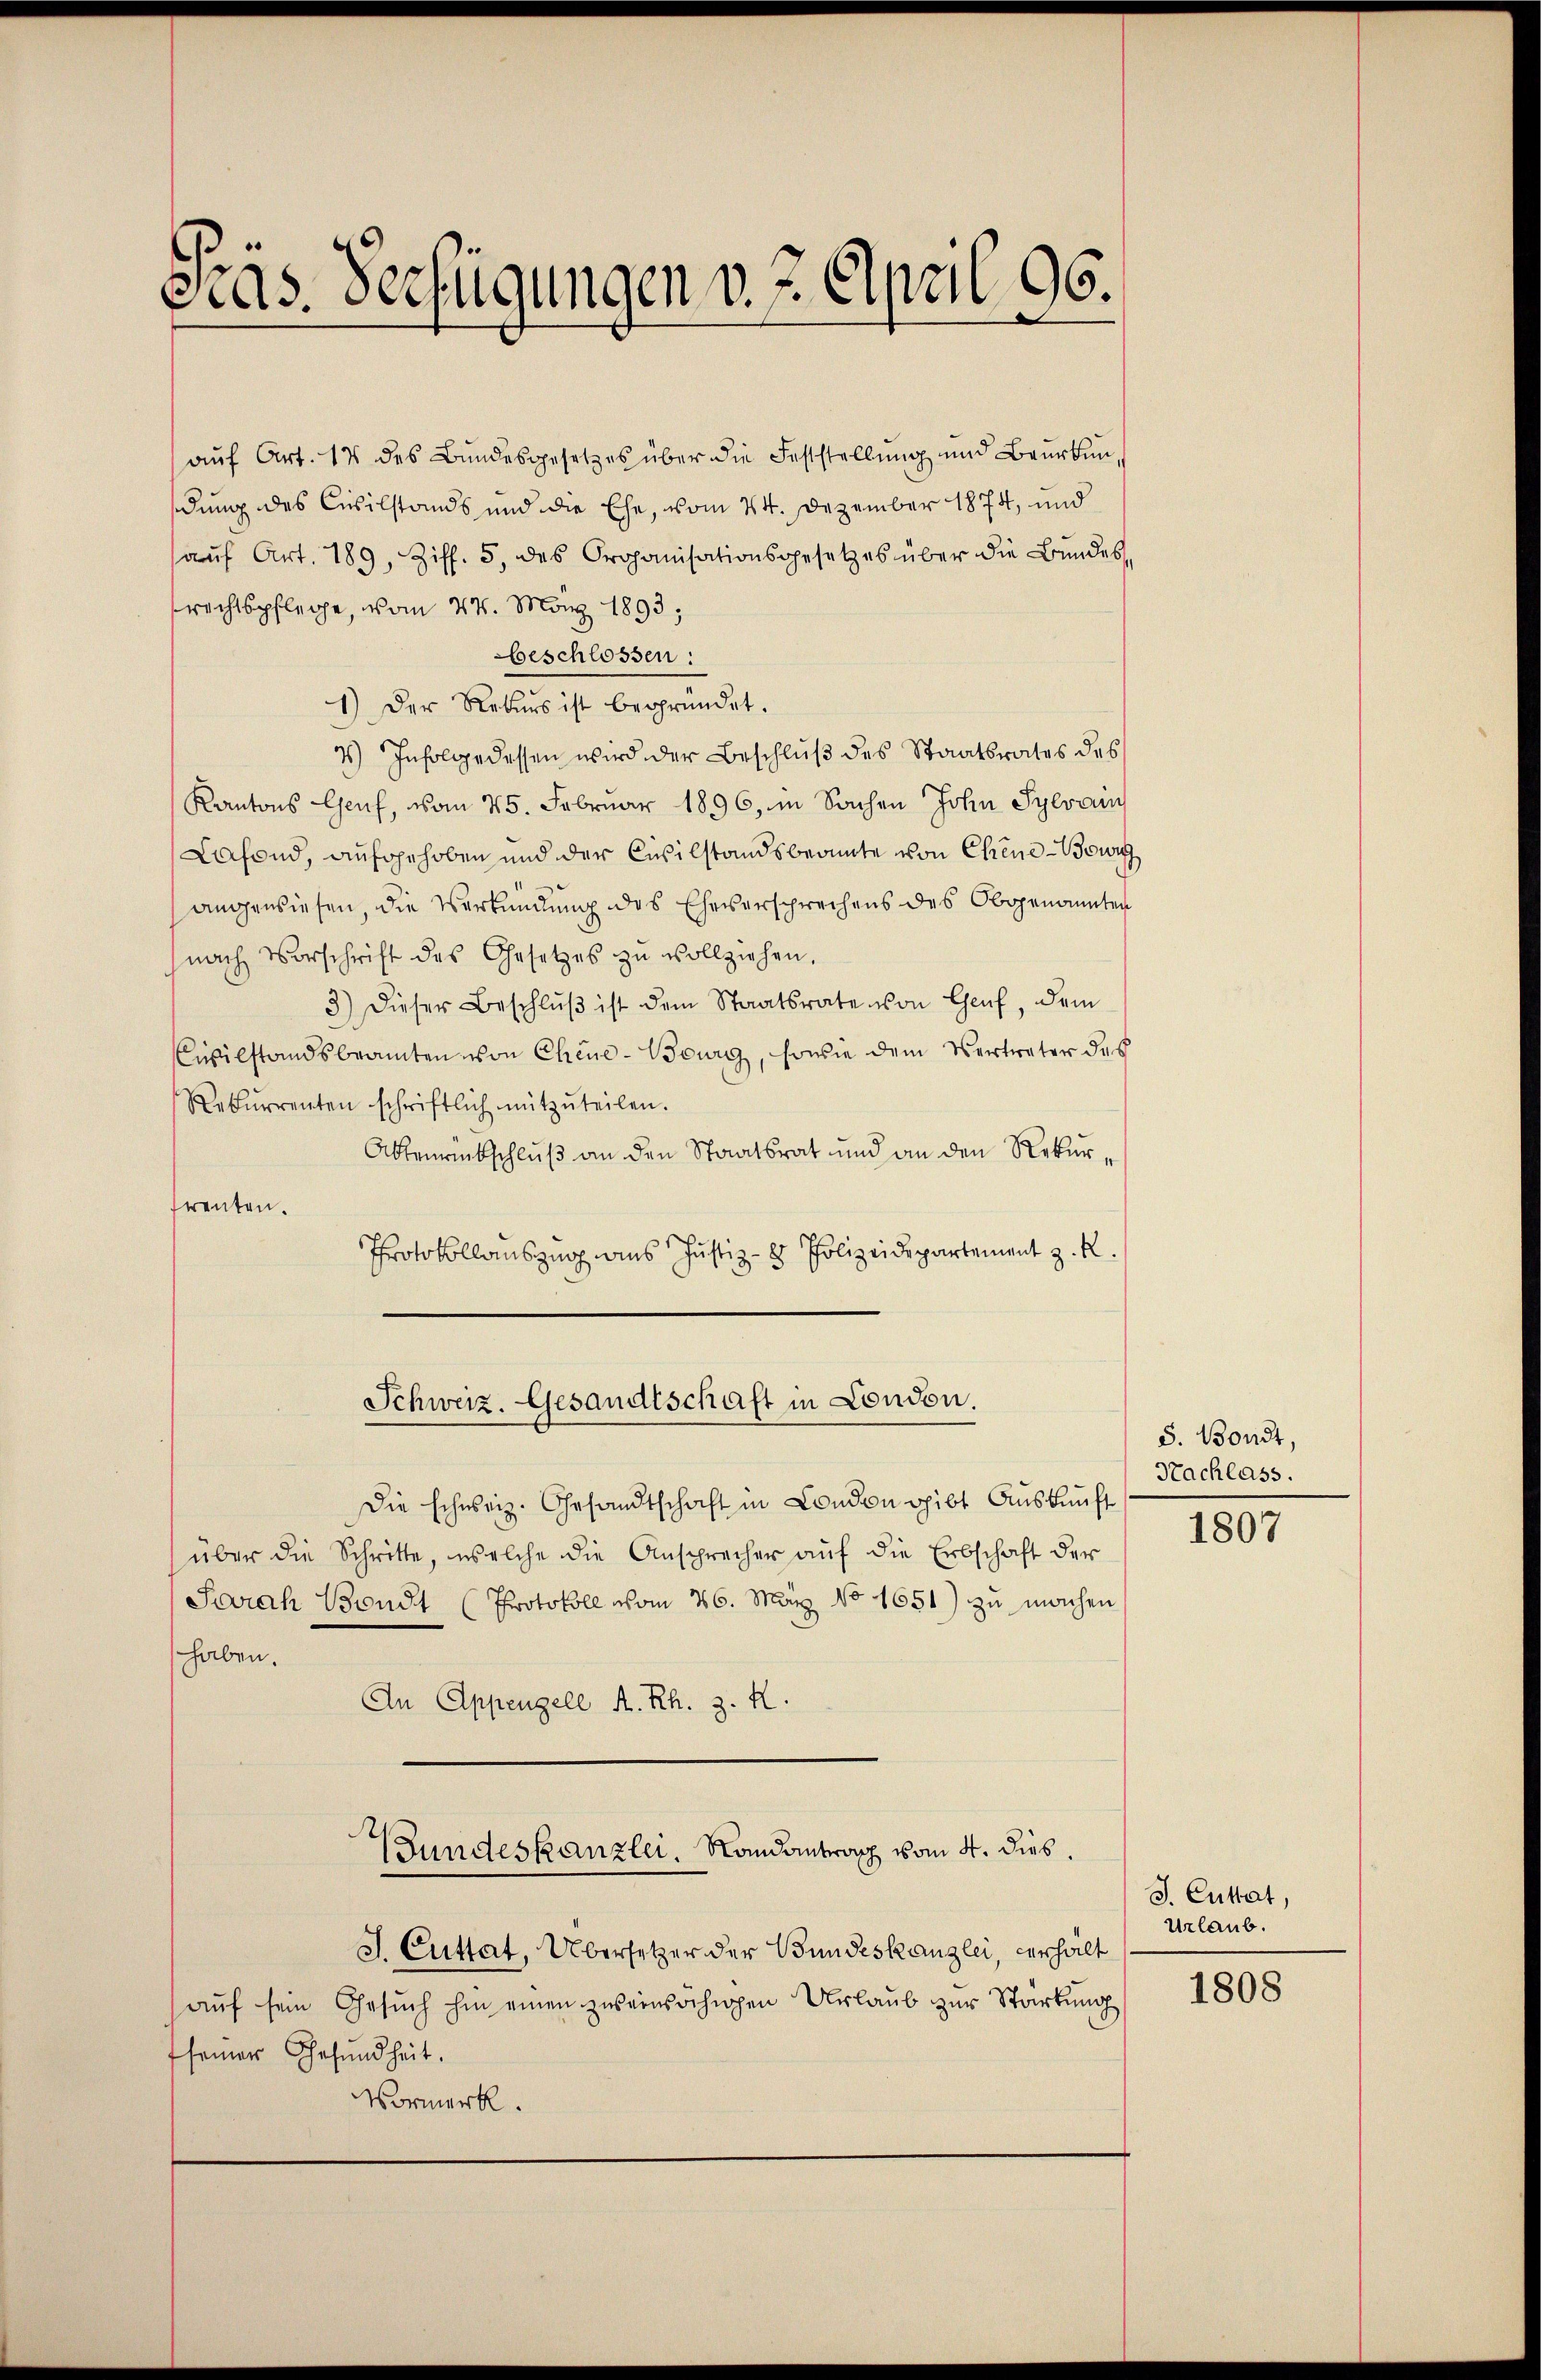
cias. Verfügungen v. 7. April 96.

auf Art. 14 des Bundesgesetzes über die Feststellung und Beurkundung des Civilstands und die Ehe, vom 24. Dezember 1874, und
aŭf Art. 189, Ziff. 5, des Organisationsgesetzes über die Bundes
rechtspflege, vom 27. März 1893;
beschlossen:
1) Der Rekurs ist begründet.
4) Infolge dessen wird der Beschluß des Staatsrates des
Kantons Genf, vom 25. Februar 1896, in Sachen John Sylvan
Lafond, aufgehoben und der Civilstandsbeamte von Chene Bewi
angewiesen, die Verkündung des Eheversprechens des Obgenannten
nach Vorschrift des Gesetzes zu vollziehen,
3.) Dieser Beschlŭβ ist dem Staatsrate von Chaŭf, dem
Civilstandsbeamten von Chine-Bourg, sowie dem Vertreter des
Rekŭrrenten schriftlich mitzŭteilen.
Aktenrückschluß an den Staatsrat und an den Rekurrenten.
Protokollauszug aus Justiz - Polizeidepartement z. R.
Schweiz. Gesandtschaft in London.
Die schweiz. Gesandtschaft in London gibt Auskunft
über die Schritte, welche die Ansprecher auf die Erbschaft der
Parah Bondt (Protokoll vom 26. März No 1651) zu machen
haben.
An Appenzell A. Rh. z. R.
Bundeskanzlei. Randantrag vom 4. dies
J. Cuttat, Übersetzer der Bundeskanzlei, verhalt
aŭf sein Gesŭch hin einen zweimachigen Urlaub zur Stärkung
fseiner Gesundheit.
Vormerk.

S. Bondt,
Nachlass.

1807

J. Cuttat,
Urlaub.

1808